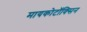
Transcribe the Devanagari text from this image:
मायकोटॉक्सिन